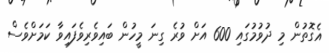
އެގޮތުން މި ދުވުމުގައި 600 އަށް ވުރެ ގިނަ މީހުން ބައިވެރިވެފައިވާ ކަމަށްވެސް